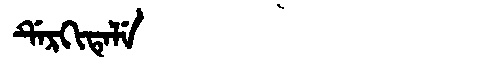
Manchu: ᡩᡝᡵᡴᡳᡨᡝᠯᡝ
Romanization: DERKITELE